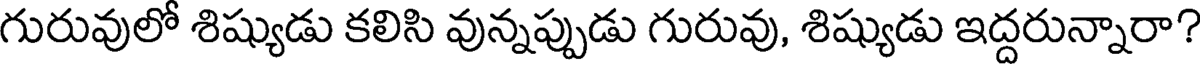
గురువులో శిష్యుడు కలిసి వున్నప్పుడు గురువు, శిష్యుడు ఇద్దరున్నారా?